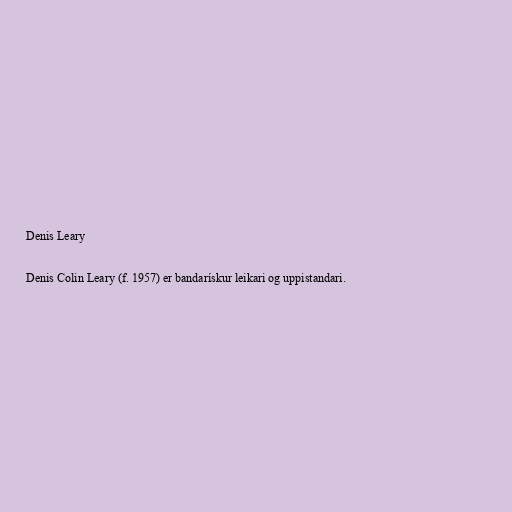
Denis Leary

Denis Colin Leary (f. 1957) er bandarískur leikari og uppistandari.